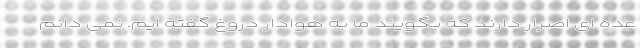
عده ای اصرار دارند که بگویند ما به هوادار دروغ گفته ایم. نمی دانم